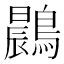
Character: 鷐